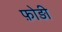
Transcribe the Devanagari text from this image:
फ़ोड़ी